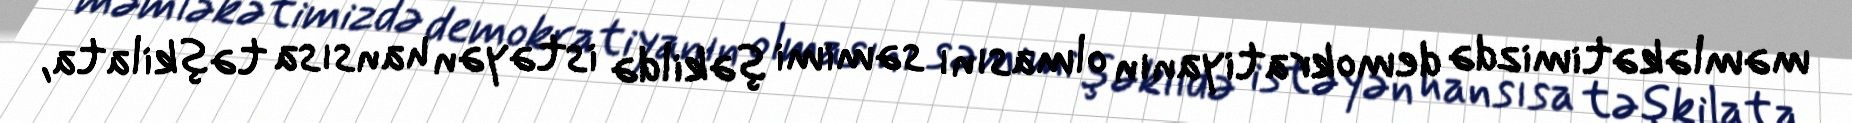
məmləkətimizdə demokratiyanın olmasını səmimi şəkildə istəyən hansısa təşkilata,